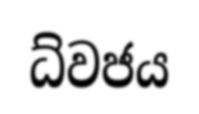
ධ්වජය